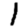
Digit: 1